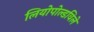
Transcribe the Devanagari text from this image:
लियोपोल्डविले